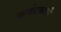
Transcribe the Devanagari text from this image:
कर्नाटकाची